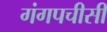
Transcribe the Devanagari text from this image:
गंगपचीसी